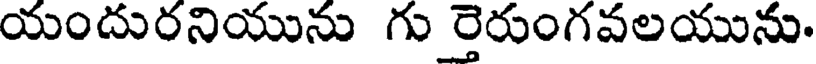
యందురనియును గు ర్తెరుంగవలయును.